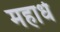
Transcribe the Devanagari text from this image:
महार्ध